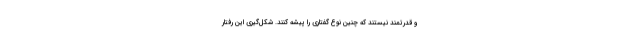
و قدرتمند نیستند که چنین نوع گفتاری را پیشه کنند. شکل‌گیری این رفتار